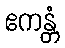
ဧကန္တံ